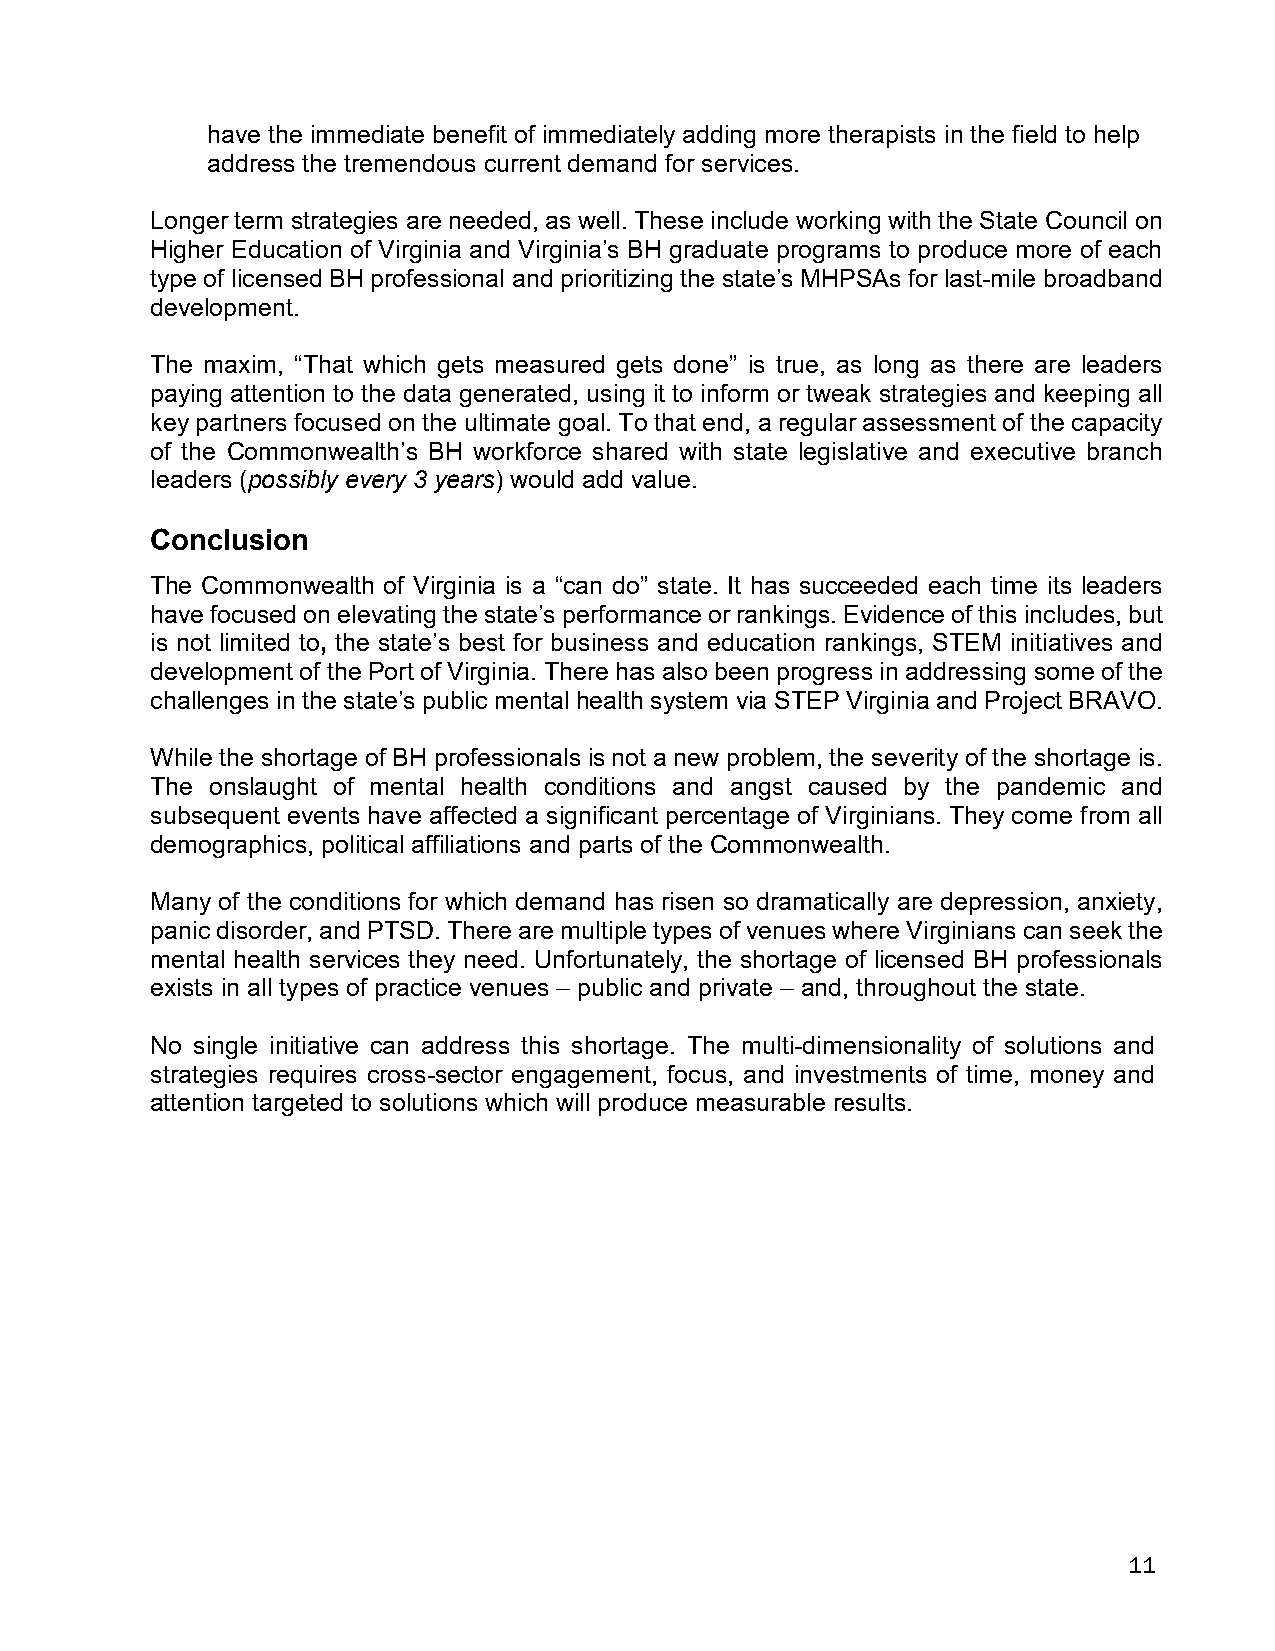
have the immediate benefit of immediately adding more therapists in the field to help
 address the tremendous current demand for services.
 Longer term strategies are needed, as well. These include working with the State Council on
 Higher Education of Virginia and Virginia’s BH graduate programs to produce more of each
 type of licensed BH professional and prioritizing the state’s MHPSAs for last-mile broadband
 development.
 The maxim, “That which gets measured gets done” is true, as long as there are leaders
 paying attention to the data generated, using it to inform or tweak strategies and keeping all
 key partners focused on the ultimate goal. To that end, a regular assessment of the capacity
 of the Commonwealth’s BH workforce shared with state legislative and executive branch
 leaders (possibly every 3 years) would add value.
 Conclusion
 The Commonwealth of Virginia is a “can do” state. It has succeeded each time its leaders
 have focused on elevating the state’s performance or rankings. Evidence of this includes, but
 is not limited to, the state’s best for business and education rankings, STEM initiatives and
 development of the Port of Virginia. There has also been progress in addressing some of the
 challenges in the state’s public mental health system via STEP Virginia and Project BRAVO.
 While the shortage of BH professionals is not a new problem, the severity of the shortage is.
 The onslaught of mental health conditions and angst caused by the pandemic and
 subsequent events have affected a significant percentage of Virginians. They come from all
 demographics, political affiliations and parts of the Commonwealth.
 Many of the conditions for which demand has risen so dramatically are depression, anxiety,
 panic disorder, and PTSD. There are multiple types of venues where Virginians can seek the
 mental health services they need. Unfortunately, the shortage of licensed BH professionals
 exists in all types of practice venues – public and private – and, throughout the state.
 No single initiative can address this shortage. The multi-dimensionality of solutions and
 strategies requires cross-sector engagement, focus, and investments of time, money and
 attention targeted to solutions which will produce measurable results.
 11